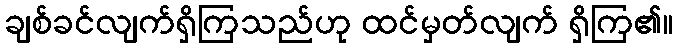
ချစ်ခင်လျက်ရှိကြသည်ဟု ထင်မှတ်လျက် ရှိကြ၏။